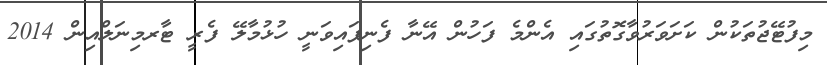
މިފުޓޭޖުތަކުން ކަށަވަރުވާގޮތުގައި އެންމެ ފަހުން އޭނާ ފެނިފައިވަނީ ހުޅުމާލޭ ފެރީ ޓާރމިނަލްއިން 2014